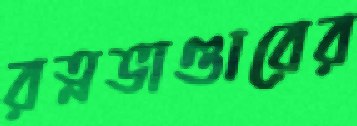
রত্নভাণ্ডারের